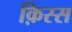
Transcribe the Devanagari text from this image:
क़िस्स